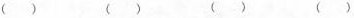
( ) ( ) ( ) ( )